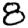
Digit: 8